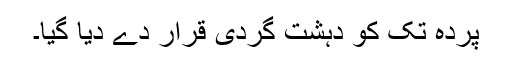
پردہ تک کو دہشت گردی قرار دے دیا گیا۔